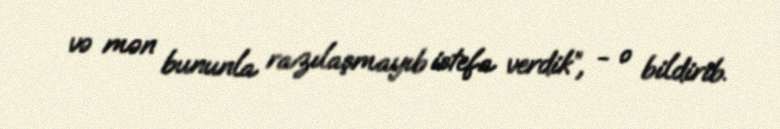
və mən bununla razılaşmayıb istefa verdik”, - o bildirib.